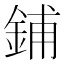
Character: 鋪